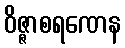
ဝိဇ္ဇာစရဏေန